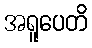
အရူပေတိ